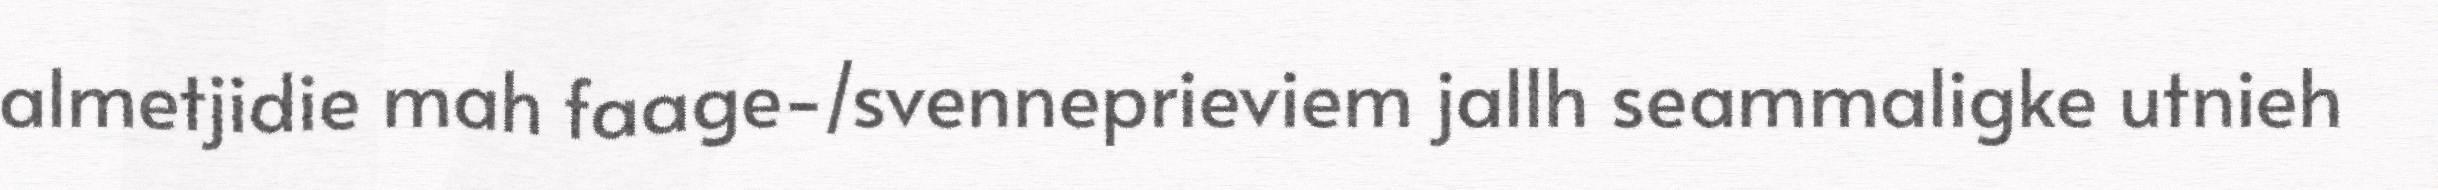
almetjidie mah faage-/svenneprieviem jallh seammaligke utnieh